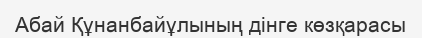
Абай Құнанбайұлының дінге көзқарасы